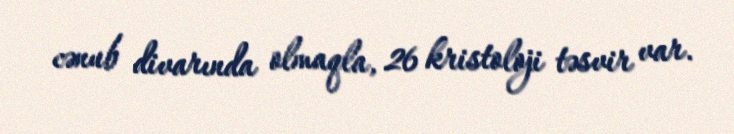
cənub divarında olmaqla, 26 kristoloji təsvir var.